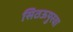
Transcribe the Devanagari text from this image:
सिठऊपुरवा